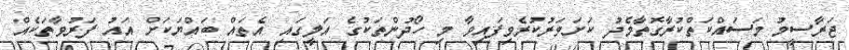
ޖަރާސީމު މަސައްކަތްކުރާގޮތާމެދު ކަށަވަރުކުރެވިފައިވާ މި ހޯދުންތަކުގެ އަލީގައި އެތައް ބައްޔަކަށް އައު ފަރުވާތަކެއް